Memorandum on the prevention of leprosy by segregation of the affected
Disease focus: Leprosy
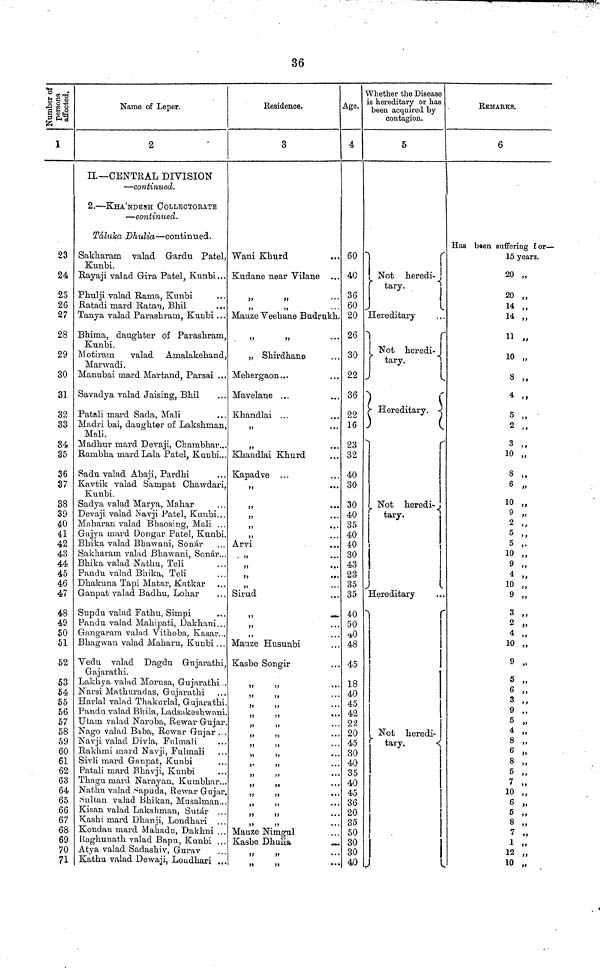
36
Number of
persons
affected.
1
23
24
25
2G
27
28
29
30
31
32
33
34
35
36
37
38
39
40
41
42
43
44
45
46
47
48
49
50
51
52
53
54
55
56
57
58
59
60
61
62
63
64
65
66
67
68
69
70
71
Name of Leper.
2
II— CENTRAL DIVISION
— continued.
2. — KHA'NDESH COLLECTORATE
— continued.
Taluka Dhulia — continued.
Sakharam. valad Gardu Patel,
Kunbi.
Rayaji valad Gira Patel, Kunbi...
Phulji valad Rama, Kunbi
Ratadi mard Ratan, Bhil
Tanya valad Parashram, Kunbi . . .
Bhima, daughter of Parashram,
Kunbi.
Motiram
valad
Amalakehand,
Marwadi.
Manubai mard Martand, Parsai ...
Savadya valad Jaising, Bhil
Patali mard Sada, Mali
Madri bai, daughter of Lakshman,
Mali.
Madhur mard Devaji, Chambhar...
Bambha mard Lala Patel, Kunbi...
Sadu valad Abaji, Pardhi
Kavtik valad Sampat Chawdari,
Kunbi.
Sadya valad Marya, Mahar
Devaji valad Navji Patel, Kunbi...
Maharan valad Bhaosing, Mali ...
Gajya mard Dongar Patel, Kunbi.
Bhika valad Bhawani, Sonar
Sakharam valad Bhawani, Sonar...
Bhika valad Nathu, Teli
Pandu valad Bhika, Teli
Dhakuna Tapi Matar, Katkar ...
Ganpat valad Badhu, Lohar
Stipdu valad Fathu, Simpi
Pandu valad Mahipati, Dakhani...
Gangaram valad Vithoba, Kasar...
Bhagwan valad Maharu, Kunbi . . .
Vedu valad Dagdu Gujarathi,
Gajarathi.
Lakhya valad Morusa, Gujarathi ..
Narsi Mathuradas, Gujarathi
Harlal valad Thakarlal, Gujarathi.
Pandu valad Bhila, Ladsakeshwani.
Utam valad Naroba, Bewar Gujar.
Nago valad Baba, Bewar Gujar ...
Navji valad Divla, Fnlmali
Rakhmi mard Navji, Pulmali
Sivli mard Ganpat, Kunbi
Patali mard Bhavji, Kunbi
Thagu mard Narayan, Kumbhar...
Nathu valad Sapuda, Re war Gujar.
Sultan valad Bhikan, Musalman...
Kisan valad Lakshman, Sutar ...
Kashi mard Dhanji, Londhari . . .
Konclau mard Mahadu, Dakhni ...
Raghunath valad Bapu, Kunbi ...
Atya valad Sadashiv, Gurav
Kathu valad Dewaji, Loudhari .,.
Residence.
3
Ward Khurd
Kudane near Vilane ...
"
"
• • •
"
"
Mauze Veehane Budrukh.
"
"
„ Shirdhane
Mehergaon..,
Mavelane ...
Khandlai ...
"
...
"
Khandlai Khurd
Kapadve
"
"
"
"
"
Arvi
"
"
"
"
Sirud
"
"
"
Mauze Husnnbi
Kasbe Songir
"
"
"
"
"
"
"
"
"
"
"
Mauze Nimgul
Kasbe Dhulia
"
"
Age,
4
60
40
36
60
20
26
30
22
36
22
16
23
32
40
30
30
40
35
40
40
30
43
23
35
35
40
50
40
48
45
18
40
45
42
22
20
45
30
40
35
40
45
36
20
35
50
30
30
40
Whether the Disease
is hereditary or has
been acquired by
contagion.
5
Not heredi-
tary.
.
Hereditary
Not heredi-
tary.
Hereditary.
Not heredi-
tary.
Hereditary
1
Not heredi-
tary.
REMARKS.
6
Has been suffering for —
15 years.
20 „
20 „
14 „
14 „
11 „
10 „
3 „
4 „
5 „
2 „
3 „
10 „
8 „
6 „
10 „
9 „
2 „
5 ,,
5 ,.
10 „
9 ,,
4 „
10 „
9 „
3 „
2 „
4 „
10 „
9 „
5 „
6 „
3 ,,
9 „
5 "
4 "
8 "
6 "
8 "
5 "
7 "
10 "
6 "
5 "
8 "
7 "
1 "
12 "
10 „